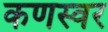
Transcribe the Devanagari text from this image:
कणस्वर